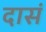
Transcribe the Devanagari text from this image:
दासं